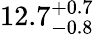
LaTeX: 12.7_{-0.8}^{+0.7}